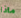
ماذا